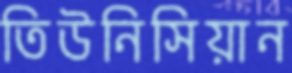
তিউনিসিয়ান